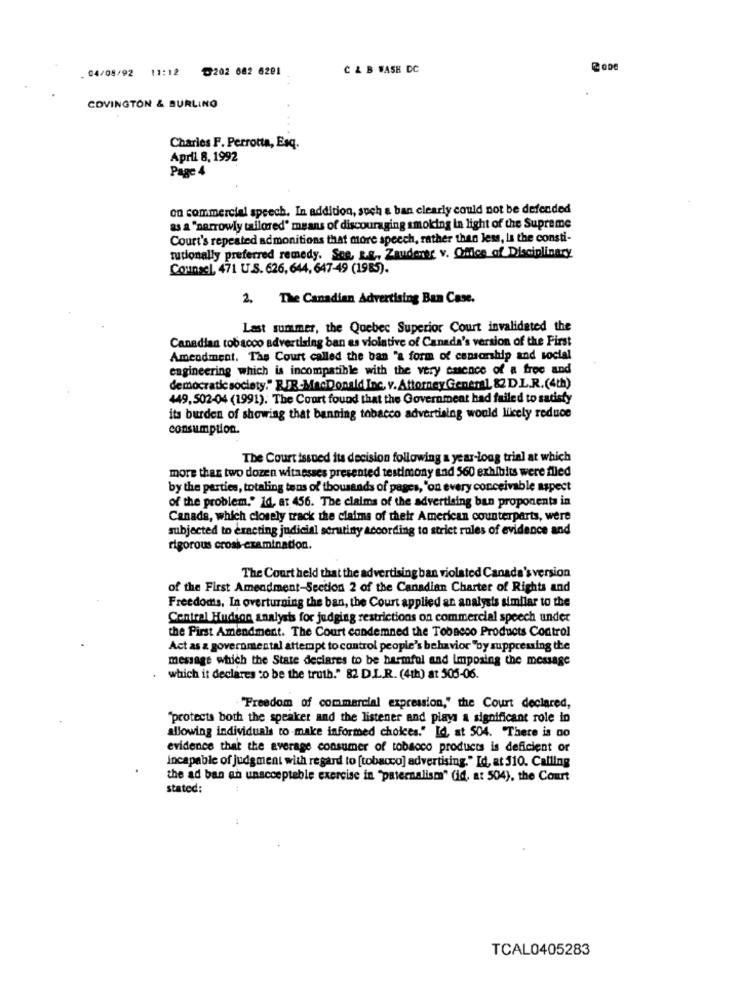
. 04/08/92 11:12 0202 682 6291
C & B WASH DC
COVINGTON & BURLING
Charles F. Perrotta, Esq.
April 8, 1992
Page 4
on commercial speech. In addition, such a ban clearly could not be defended
as a "narrowly tailored' means of discouraging smoking in light of the Supreme
Court's repeated admonitions that more speech, rather than less, La the consti-
tutionally preferred remedy. Soe. L.&, Zaudener v. Office of Disciplinary
Counsel, 471 U.S. 626, 644, 647-49 (1985).
2. The Canadian Advertising Ban Case.
Last summer, the Quebec Superior Court invalidated the
Canadian tobacco advertising ban es violative of Canada's version of the First
Amendment. The Court called the ban "a form of censorship and social
engineering which is incompatible with the very casence of a free and
democratic society." RIB-MacDonald Inc, v. Attorney General, 82 DL.R. (4th)
449,502-04 (1991). The Court found that the Government had failed to satisfy
its burden of showing that banning tobacco advertising would likely reduce
consumption.
The Court issued its decision following a year-long trial at which
more than two dozen witnesses presented testimony and 560 exhibits were flied
by the parties, totaling tens of thousands of pages, "on every conceivable aspect
of the problem." Id, at 456. The claims of the advertising ban proponents in
Canada, which closely track the claims of their American counterparts, were
subjected to exacting judicial scrutiny according to strict rules of evidence and
rigorous cross-examination.
The Court held that the advertising ban violated Canada's version
of the First Amendment-Section 2 of the Canadian Charter of Rights and
Freedomis, In overturning the ban, the Court applied an analysis similar to the
Central Hudson analysis for judging restrictions on commercial speech under
the First Amendment. The Court condemned the Tobacco Products Control
Act as z governmental attempt to control people's behavior "by suppressing the
message which the State declares to be harmful and imposing the message
. which it declares co be the truth." 82 D.I.R. (4th) at 505-06.
"Freedom of commercial expression," the Court declared,
"protects both the speaker and the listener and plays a significant role in
allowing individuals to make informed choices." Id, at 504. There is no
evidence that the average consumer of tobacco products is deficient or
incapable of judgment with regard to [tobacco] advertising." Id, at 510. Calling
the ad ban an unacceptable exercise in "paternalism" (id, at 504), the Court
stated:
TCAL0405283